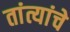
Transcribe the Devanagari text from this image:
तांत्यांचे